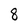
Character: 8